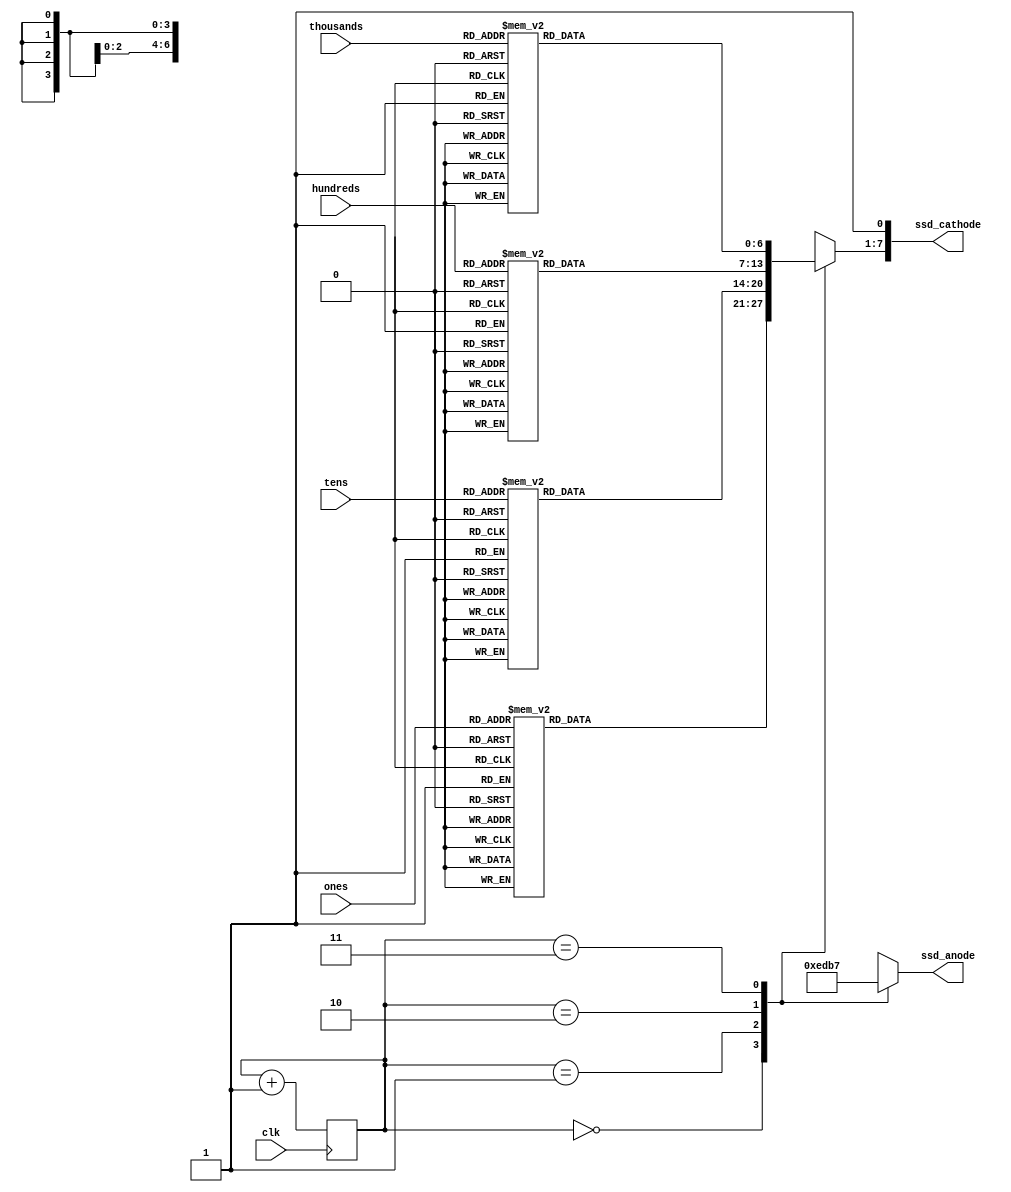
`timescale 1ns / 1ps
module sevenSegment(
    input clk,
    input [3:0] ones,
    input [3:0] tens,
    input [3:0] hundreds,
    input [3:0] thousands,
    output [7:0] ssd_cathode,
    output [3:0] ssd_anode
    );
    reg [6:0] cathode_temp = 7'b1111111;
    reg [3:0] anode_temp = 4'b1110;
    reg [1:0] count = 0; 
always @(posedge clk)
begin 
    count = count+ 1; 
end 

always @(*) 
begin 
    case(count) 
    2'b00: 
    begin 
        case(ones)
            4'd0 : cathode_temp = 7'b0000001; //to display 0 
            4'd1 : cathode_temp = 7'b1001111; //to display 1 
            4'd2 : cathode_temp = 7'b0010010; //to display 2 
            4'd3 : cathode_temp = 7'b0000110; //to display 3 
            4'd4 : cathode_temp = 7'b1001100; //to display 4 
            4'd5 : cathode_temp = 7'b0100100; //to display 5 
            4'd6 : cathode_temp = 7'b0100000; //to display 6 
            4'd7 : cathode_temp = 7'b0001111; //to display 7 
            4'd8 : cathode_temp = 7'b0000000; //to display 8 
            4'd9 : cathode_temp = 7'b0000100; //to display 9 
            4'hA : cathode_temp = 7'b0001000; 
            4'hB : cathode_temp = 7'b1100000; 
            4'hC : cathode_temp = 7'b0110001; 
            4'hD : cathode_temp = 7'b1000010; 
            4'hE : cathode_temp = 7'b0110000; 
            4'hF : cathode_temp = 7'b0111000; 
            default : cathode_temp = 7'b1111111; 
        endcase
        anode_temp = 4'b1110 ;
    end 
    2'b01: 
    begin 
        case(tens)
        4'd0 : cathode_temp = 7'b0000001; //to display 0 
        4'd1 : cathode_temp = 7'b1001111; //to display 1 
        4'd2 : cathode_temp = 7'b0010010; //to display 2 
        4'd3 : cathode_temp = 7'b0000110; //to display 3 
        4'd4 : cathode_temp = 7'b1001100; //to display 4 
        4'd5 : cathode_temp = 7'b0100100; //to display 5 
        4'd6 : cathode_temp = 7'b0100000; //to display 6 
        4'd7 : cathode_temp = 7'b0001111; //to display 7 
        4'd8 : cathode_temp = 7'b0000000; //to display 8 
        4'd9 : cathode_temp = 7'b0000100; //to display 9 
        4'hA : cathode_temp = 7'b0001000; 
        4'hB : cathode_temp = 7'b1100000; 
        4'hC : cathode_temp = 7'b0110001; 
        4'hD : cathode_temp = 7'b1000010; 
        4'hE : cathode_temp = 7'b0110000; 
        4'hF : cathode_temp = 7'b0111000; 
        default : cathode_temp = 7'b1111111; 
        endcase 
        anode_temp = 4'b1101 ;
    end
    2'b10: 
    begin 
        case(hundreds)
        4'd0 : cathode_temp = 7'b0000001; //to display 0 
        4'd1 : cathode_temp = 7'b1001111; //to display 1 
        4'd2 : cathode_temp = 7'b0010010; //to display 2 
        4'd3 : cathode_temp = 7'b0000110; //to display 3 
        4'd4 : cathode_temp = 7'b1001100; //to display 4 
        4'd5 : cathode_temp = 7'b0100100; //to display 5 
        4'd6 : cathode_temp = 7'b0100000; //to display 6 
        4'd7 : cathode_temp = 7'b0001111; //to display 7 
        4'd8 : cathode_temp = 7'b0000000; //to display 8 
        4'd9 : cathode_temp = 7'b0000100; //to display 9 
        4'hA : cathode_temp = 7'b0001000; 
        4'hB : cathode_temp = 7'b1100000; 
        4'hC : cathode_temp = 7'b0110001; 
        4'hD : cathode_temp = 7'b1000010; 
        4'hE : cathode_temp = 7'b0110000; 
        4'hF : cathode_temp = 7'b0111000; 
        default : cathode_temp = 7'b1111111; 
        endcase 
        anode_temp = 4'b1011 ;
    end
    2'b11: 
    begin 
        case(thousands)
        4'd0 : cathode_temp = 7'b0000001; //to display 0 
        4'd1 : cathode_temp = 7'b1001111; //to display 1 
        4'd2 : cathode_temp = 7'b0010010; //to display 2 
        4'd3 : cathode_temp = 7'b0000110; //to display 3 
        4'd4 : cathode_temp = 7'b1001100; //to display 4 
        4'd5 : cathode_temp = 7'b0100100; //to display 5 
        4'd6 : cathode_temp = 7'b0100000; //to display 6 
        4'd7 : cathode_temp = 7'b0001111; //to display 7 
        4'd8 : cathode_temp = 7'b0000000; //to display 8 
        4'd9 : cathode_temp = 7'b0000100; //to display 9 
        4'hA : cathode_temp = 7'b0001000; 
        4'hB : cathode_temp = 7'b1100000; 
        4'hC : cathode_temp = 7'b0110001; 
        4'hD : cathode_temp = 7'b1000010; 
        4'hE : cathode_temp = 7'b0110000; 
        4'hF : cathode_temp = 7'b0111000; 
        default : cathode_temp = 7'b1111111; 
        endcase 
        anode_temp = 4'b0111 ;
    end
    endcase
 end 
 assign   ssd_anode= anode_temp;
 assign   ssd_cathode = {cathode_temp,1'b1};
    
        

 

endmodule